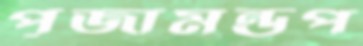
পূজামন্ডপ